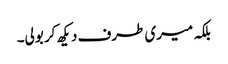
بلکہ میری طرف دیکھ کر بولی۔